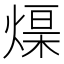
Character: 𤌓